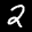
Label: 2